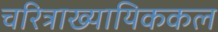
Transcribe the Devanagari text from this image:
चरित्राख्यायिककल